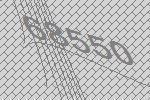
68550